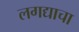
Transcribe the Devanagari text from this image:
लगद्याचा